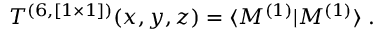
{ \cal T } ^ { ( 6 , [ 1 \times 1 ] ) } ( x , y , z ) = \langle { \cal M } ^ { ( 1 ) } | { \cal M } ^ { ( 1 ) } \rangle \; .